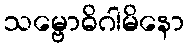
သမ္ဗောဓိဂါမိနော